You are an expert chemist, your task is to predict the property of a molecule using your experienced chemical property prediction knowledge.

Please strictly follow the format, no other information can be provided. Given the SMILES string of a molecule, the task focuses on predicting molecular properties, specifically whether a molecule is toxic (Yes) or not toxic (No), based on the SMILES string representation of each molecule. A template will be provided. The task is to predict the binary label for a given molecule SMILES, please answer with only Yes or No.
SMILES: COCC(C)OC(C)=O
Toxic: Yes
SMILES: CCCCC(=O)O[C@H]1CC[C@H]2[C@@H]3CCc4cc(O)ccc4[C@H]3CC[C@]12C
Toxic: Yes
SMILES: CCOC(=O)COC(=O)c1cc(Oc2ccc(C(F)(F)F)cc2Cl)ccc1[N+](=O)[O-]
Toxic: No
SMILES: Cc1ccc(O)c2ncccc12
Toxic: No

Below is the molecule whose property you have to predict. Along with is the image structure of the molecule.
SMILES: O=Cc1ccc([N+](=O)[O-])cc1
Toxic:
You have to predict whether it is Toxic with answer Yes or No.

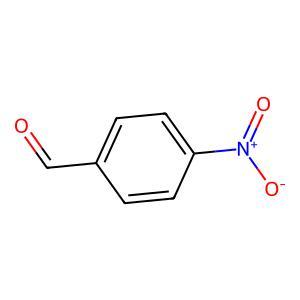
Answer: No